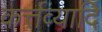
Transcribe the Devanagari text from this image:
कर्त्तव्यादि